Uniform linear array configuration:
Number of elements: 48
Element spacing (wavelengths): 0.25
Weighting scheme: uniform
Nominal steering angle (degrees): -30
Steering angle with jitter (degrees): -28.031
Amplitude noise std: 0.05
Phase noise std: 0.05

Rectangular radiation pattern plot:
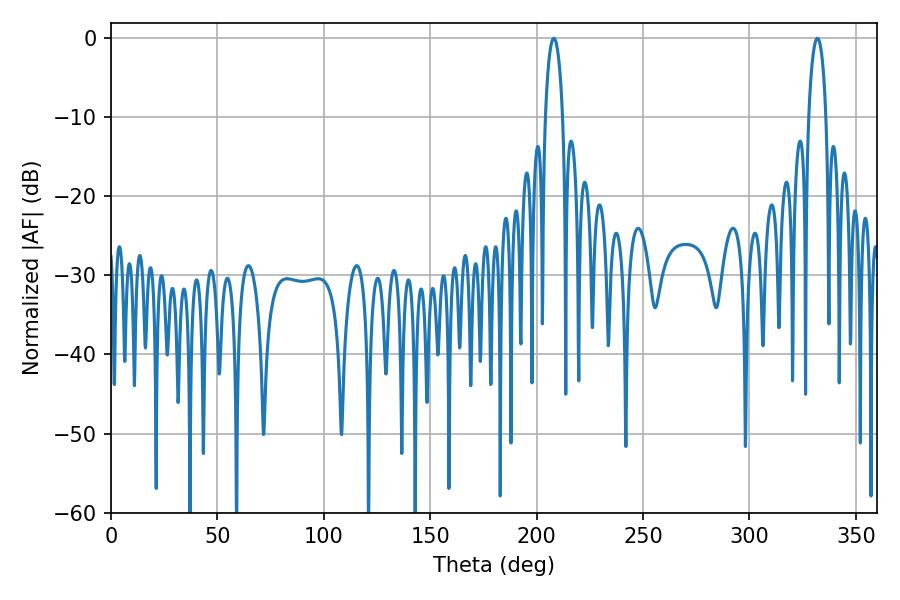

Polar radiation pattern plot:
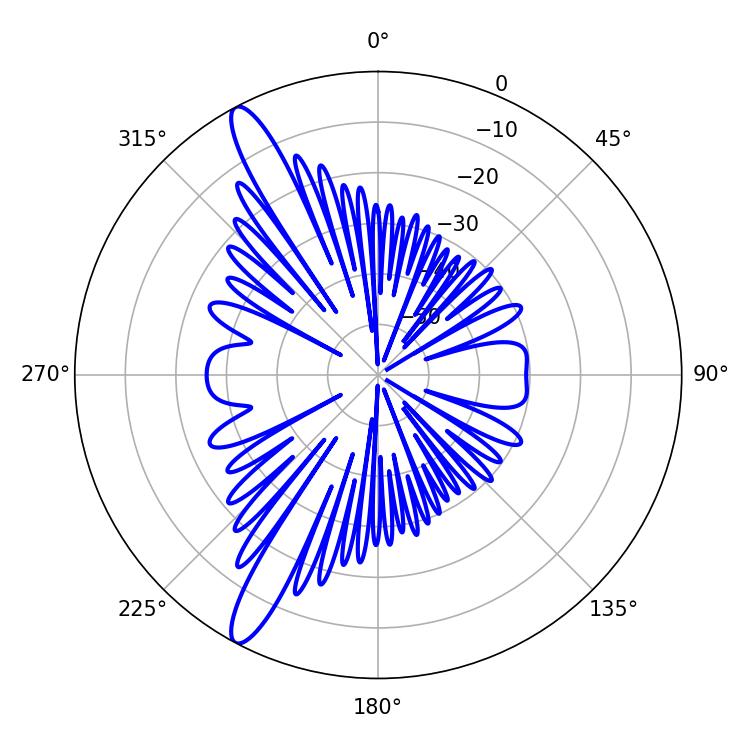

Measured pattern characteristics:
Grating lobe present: FALSE
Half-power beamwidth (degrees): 4.68
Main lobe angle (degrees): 208.08